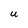
Character: U